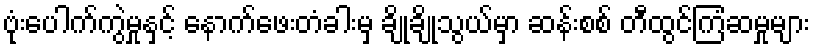
ဗုံးပေါက်ကွဲမှုနှင့် နောက်ဖေးတံခါးမှ ချိုချိုသွယ်မှာ ဆန်းစစ် တီထွင်ကြံဆမှုများ